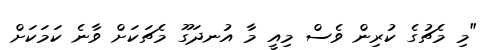
"މި މެޗުގެ ކުރިން ވެސް މިއީ މާ އުނދަގޫ މެޗަކަށް ވާނެ ކަމަކަށް